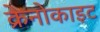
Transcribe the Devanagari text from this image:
क्रेनोकाइट